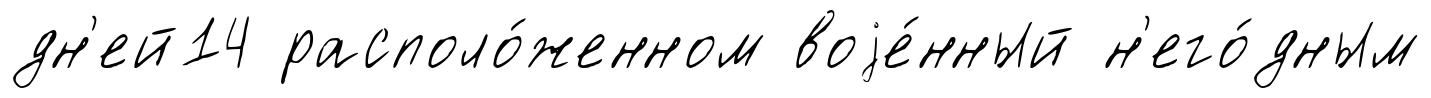
дн'ей14 располо́женном воjе́нный н'его́дным